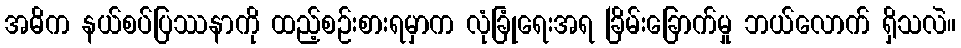
အဓိက နယ်စပ်ပြဿနာကို ထည့်စဉ်းစားရမှာက လုံခြုံရေးအရ ခြိမ်းခြောက်မှု ဘယ်လောက် ရှိသလဲ။